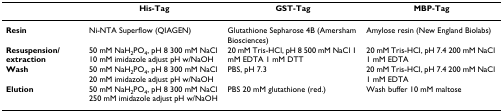
|  | His-Tag | GST-Tag | MBP-Tag |
 | --- | --- | --- | --- |
 | Resin | Ni-NTA Superflow (QIAGEN) | Glutathione Sepharose 4B (Amersham Biosciences) | Amylose resin (New England Biolabs) |
 | Resuspension/extraction | 50 mM NaH2PO4, pH 8 300 mM NaCl 10 mM imidazole adjust pH w/NaOH | 20 mM Tris-HCl, pH 8 500 mM NaCl 1 mM EDTA 1 mM DTT | 20 mM Tris-HCl, pH 7.4 200 mM NaCl 1 mM EDTA |
 | Wash | 50 mM NaH2PO4, pH 8 300 mM NaCl 20 mM imidazole adjust pH w/NaOH | PBS, pH 7.3 | 20 mM Tris-HCl, pH 7.4 200 mM NaCl 1 mM EDTA |
 | Elution | 50 mM NaH2PO4, pH 8 300 mM NaCl 250 mM imidazole adjust pH w/NaOH | PBS 20 mM glutathione (red.) | Wash buffer 10 mM maltose |